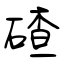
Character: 碴